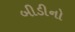
બીડીનો